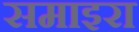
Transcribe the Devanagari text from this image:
समाइरा